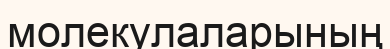
молекулаларының